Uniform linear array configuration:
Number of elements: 32
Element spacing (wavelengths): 1
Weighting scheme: exponential
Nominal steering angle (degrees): -60
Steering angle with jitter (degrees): -59.529
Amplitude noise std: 0.05
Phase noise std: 0.05

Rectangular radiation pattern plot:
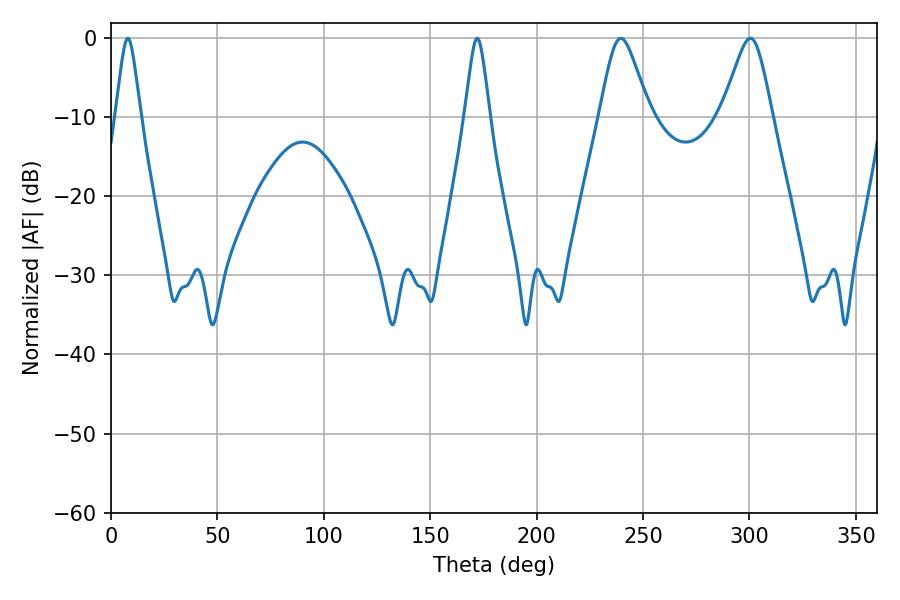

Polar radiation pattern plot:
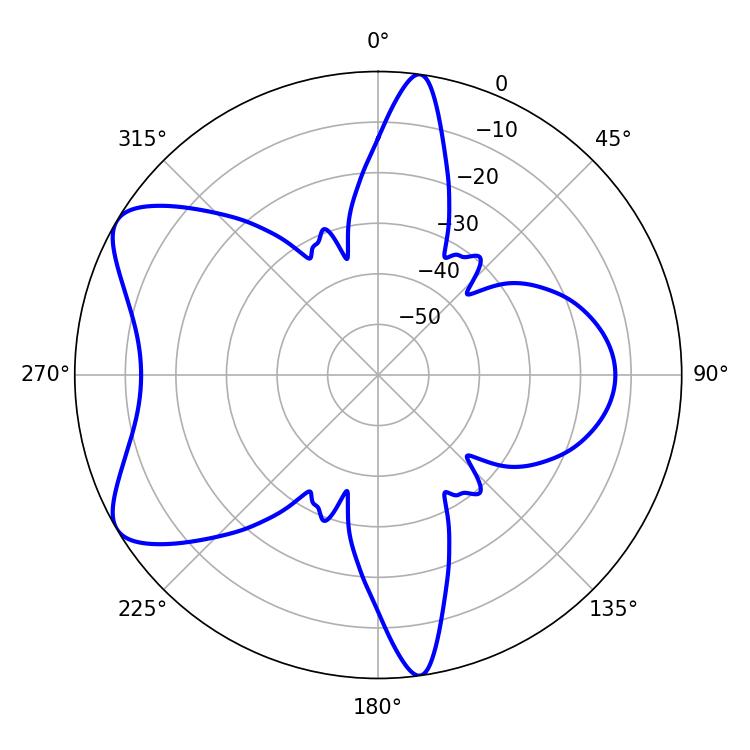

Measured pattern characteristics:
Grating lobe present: TRUE
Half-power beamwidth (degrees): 5.76
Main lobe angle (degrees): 7.92